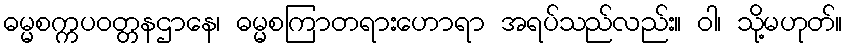
ဓမ္မစက္ကပဝတ္တနဌာနေ၊ ဓမ္မစကြာတရားဟောရာ အရပ်သည်လည်း။ ဝါ၊ သို့မဟုတ်။